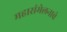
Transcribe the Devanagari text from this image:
महासंमेलनाचे